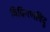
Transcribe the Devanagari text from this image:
विकिरणविंदु